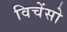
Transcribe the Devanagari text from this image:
विचेंसो